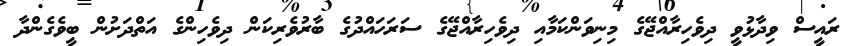
ރައީސް ވިދާޅުވީ ދިވެހިރާއްޖޭގެ މިނިވަންކަމާއި ދިވެހިރާއްޖޭގެ ސަރަހައްދުގެ ބާރުވެރިކަން ދިވެހިންގެ އަތްދަށުން ބީވެގެންދާ